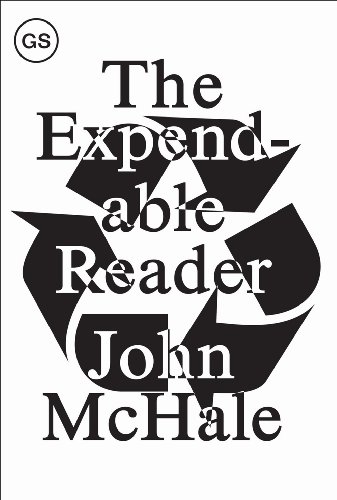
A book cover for The Expendable Reader: Articles on Art, Architecture, Design, and Media (1951-79) (GSAPP Sourcebooks); John McHale; Arts & Photography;